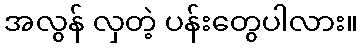
အလွန် လှတဲ့ ပန်းတွေပါလား။